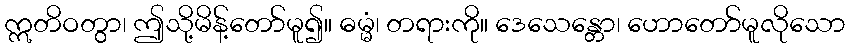
ဣတိဝတွာ၊ ဤသို့မိန့်တော်မူ၍။ ဓမ္မံ၊ တရားကို။ ဒေသေန္တော၊ ဟောတော်မူလိုသော